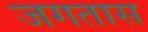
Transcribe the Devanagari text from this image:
जगतास